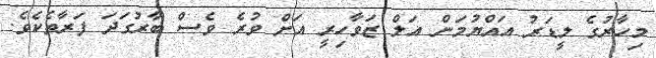
މިހާރުގެ ލީޑަރު އައްޔުމަން އަލް ޒަވާހިރީ އަށް ވުރެ ވެސް ބާރުގަދަ ފަރާތެކެވެ.